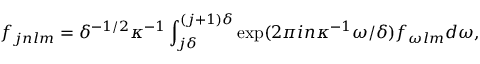
f _ { j n l m } = \delta ^ { - 1 / 2 } \kappa ^ { - 1 } \int _ { j \delta } ^ { ( j + 1 ) \delta } \exp ( 2 \pi i n \kappa ^ { - 1 } \omega / \delta ) f _ { \omega l m } d \omega ,